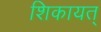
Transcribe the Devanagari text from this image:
शिकायत्